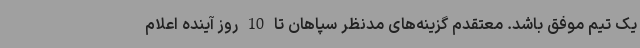
یک تیم موفق باشد. معتقدم گزینه‌های مدنظر سپاهان تا 10 روز آینده اعلام